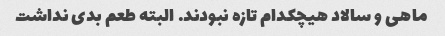
ماهی و سالاد هیچکدام تازه نبودند. البته طعم بدی نداشت